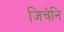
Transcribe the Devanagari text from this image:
जिचेनि